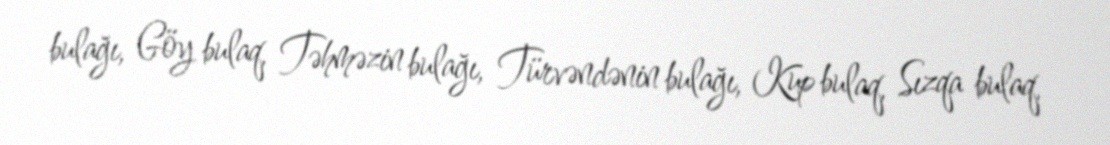
bulağı, Göy bulaq, Təhməzin bulağı, Türvəndənin bulağı, Kup bulaq, Sızqa bulaq,